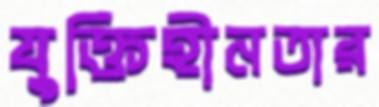
যুক্তিহীনতার